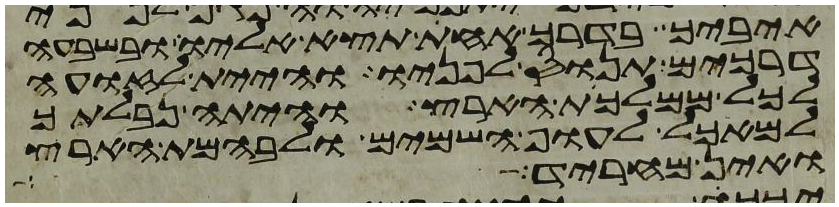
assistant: איביך בדרך אחת תצא אליו ובשבעה
דרכים תנוס לפניו והיית לזועה
לכל ממלכת הארץ והיתה נבלתך
למאכל לעוף השמים ולבהמת הארץ
ואין מחריד